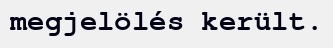
megjelölés került.